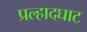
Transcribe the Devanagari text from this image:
प्रल्हादघाट